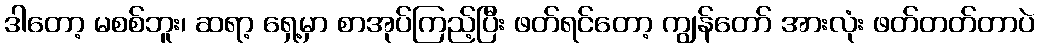
ဒါတော့ မစစ်ဘူး၊ ဆရာ့ ရှေ့မှာ စာအုပ်ကြည့်ပြီး ဖတ်ရင်တော့ ကျွန်တော် အားလုံး ဖတ်တတ်တာပဲ